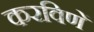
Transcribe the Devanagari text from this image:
करविणें